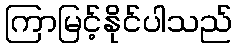
ကြာမြင့်နိုင်ပါသည်